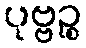
ပုဗ္ဗဉ္စ